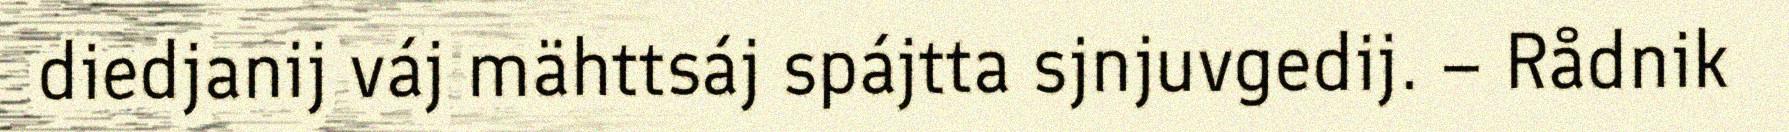
diedjanij váj mähttsáj spájtta sjnjuvgedij. – Rådnik